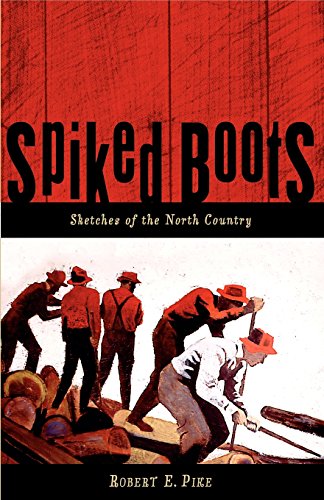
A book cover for Spiked Boots: Sketches of the North Country; Robert E. Pike; Humor & Entertainment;